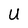
Character: U